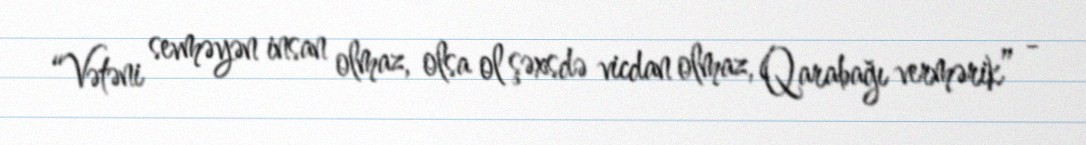
“Vətəni sevməyən insan olmaz, olsa ol şəxsdə vicdan olmaz, Qarabağı vermərik” -